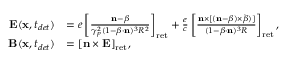
\begin{array} { r l } { \mathbf { E } ( \mathbf { x } , t _ { d e t } ) } & { = e \left[ \frac { \mathbf { n } - \boldsymbol { \beta } } { \gamma _ { p } ^ { 2 } ( 1 - \boldsymbol { \beta } \cdot \mathbf { n } ) ^ { 3 } R ^ { 2 } } \right] _ { \mathrm { r e t } } + \frac { e } { c } \left[ \frac { \mathbf { n } \times [ ( \mathbf { n } - \boldsymbol { \beta } ) \times \dot { \boldsymbol { \beta } } ) ] } { ( 1 - \boldsymbol { \beta } \cdot \mathbf { n } ) ^ { 3 } R } \right] _ { \mathrm { r e t } } , } \\ { \; \; \mathbf { B } ( \mathbf { x } , t _ { d e t } ) } & { = [ \mathbf { n } \times \mathbf { E } ] _ { \mathrm { r e t } } , } \end{array}